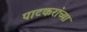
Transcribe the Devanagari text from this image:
पाटकरांच्या